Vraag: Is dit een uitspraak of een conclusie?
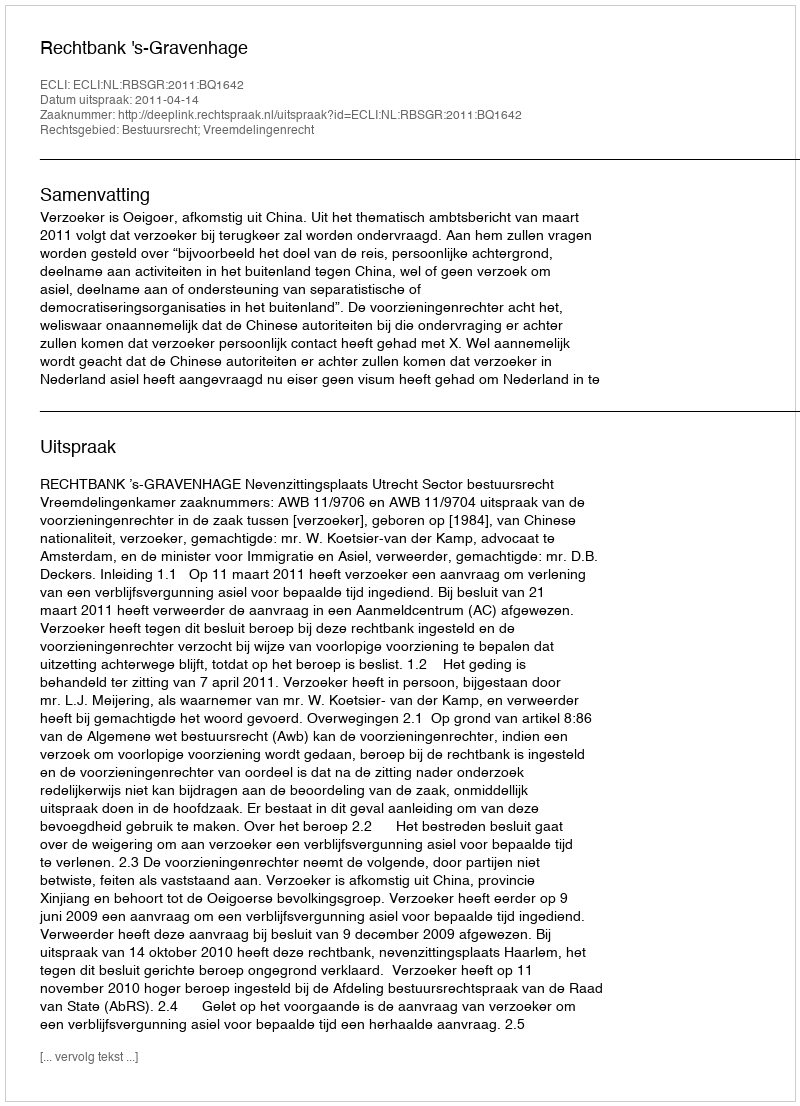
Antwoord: Uitspraak